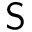
{ \sf S }